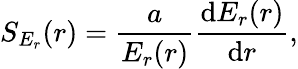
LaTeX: S_{E_{r}}(r)=\frac{a}{E_{r}(r)}\frac{\mathrm{d}E_{r}(r)}{\mathrm{d}r},